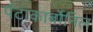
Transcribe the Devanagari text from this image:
पॅटाकार्बोनिल